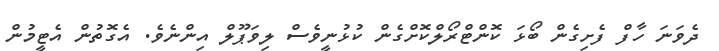
ދެވަނަ ހާފް ފެށިގެން ބޯޅަ ކޮންޓްރޯލްކޮށްގެން ކުޅުނީވެސް ލިވަޕޫލް އިންނެވެ. އެގޮތުން އެޓީމުން